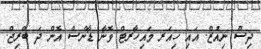
ދިސް ނިއުޒް. އައި ހިއަރ މައިހާރޓް ވޮނާ ޑާންސް އޮން ދަ ބްރިޖް.